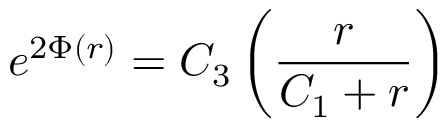
e ^ { 2 \Phi ( r ) } = C _ { 3 } \left( \frac { r } { C _ { 1 } + r } \right)